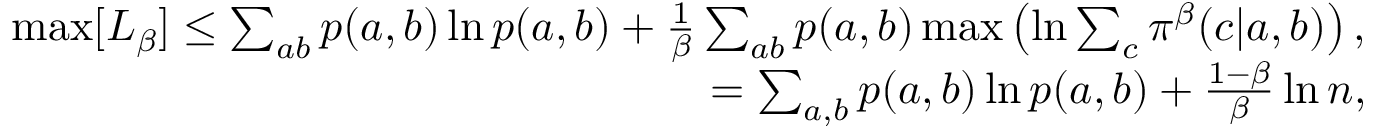
\begin{array} { r l r } & { } & { \mathrm { m a x } [ L _ { \beta } ] \leq \sum _ { a b } p ( a , b ) \ln p ( a , b ) + \frac { 1 } { \beta } \sum _ { a b } p ( a , b ) \, \mathrm { m a x } \left( \ln \sum _ { c } \pi ^ { \beta } ( c | a , b ) \right) , } \\ & { } & { = \sum _ { a , b } p ( a , b ) \ln p ( a , b ) + \frac { 1 - \beta } { \beta } \ln n , } \end{array}